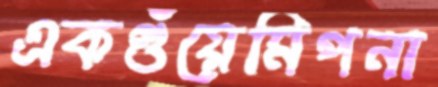
একগুঁয়েমিপনা